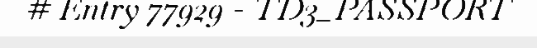
# Entry 77929 - TD3_PASSPORT